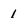
Character: 1